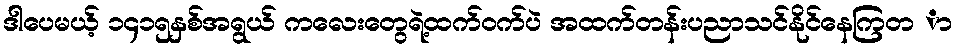
ဒါပေမယ့် ၁၄၁၅နှစ်အရွယ် ကလေးတွေရဲ့ထက်ဝက်ပဲ အထက်တန်းပညာသင်နိုင်နေကြတ ာ